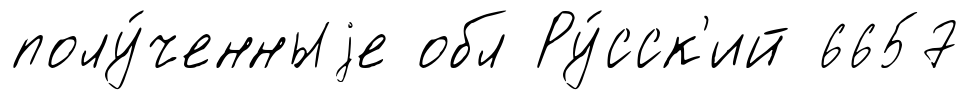
полу́ченныjе обл Ру́сск'ий 6657